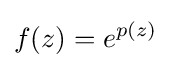
f(z)=e^{p(z)}